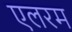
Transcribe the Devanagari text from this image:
एलरम